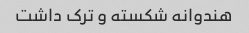
هندوانه شکسته و ترک داشت